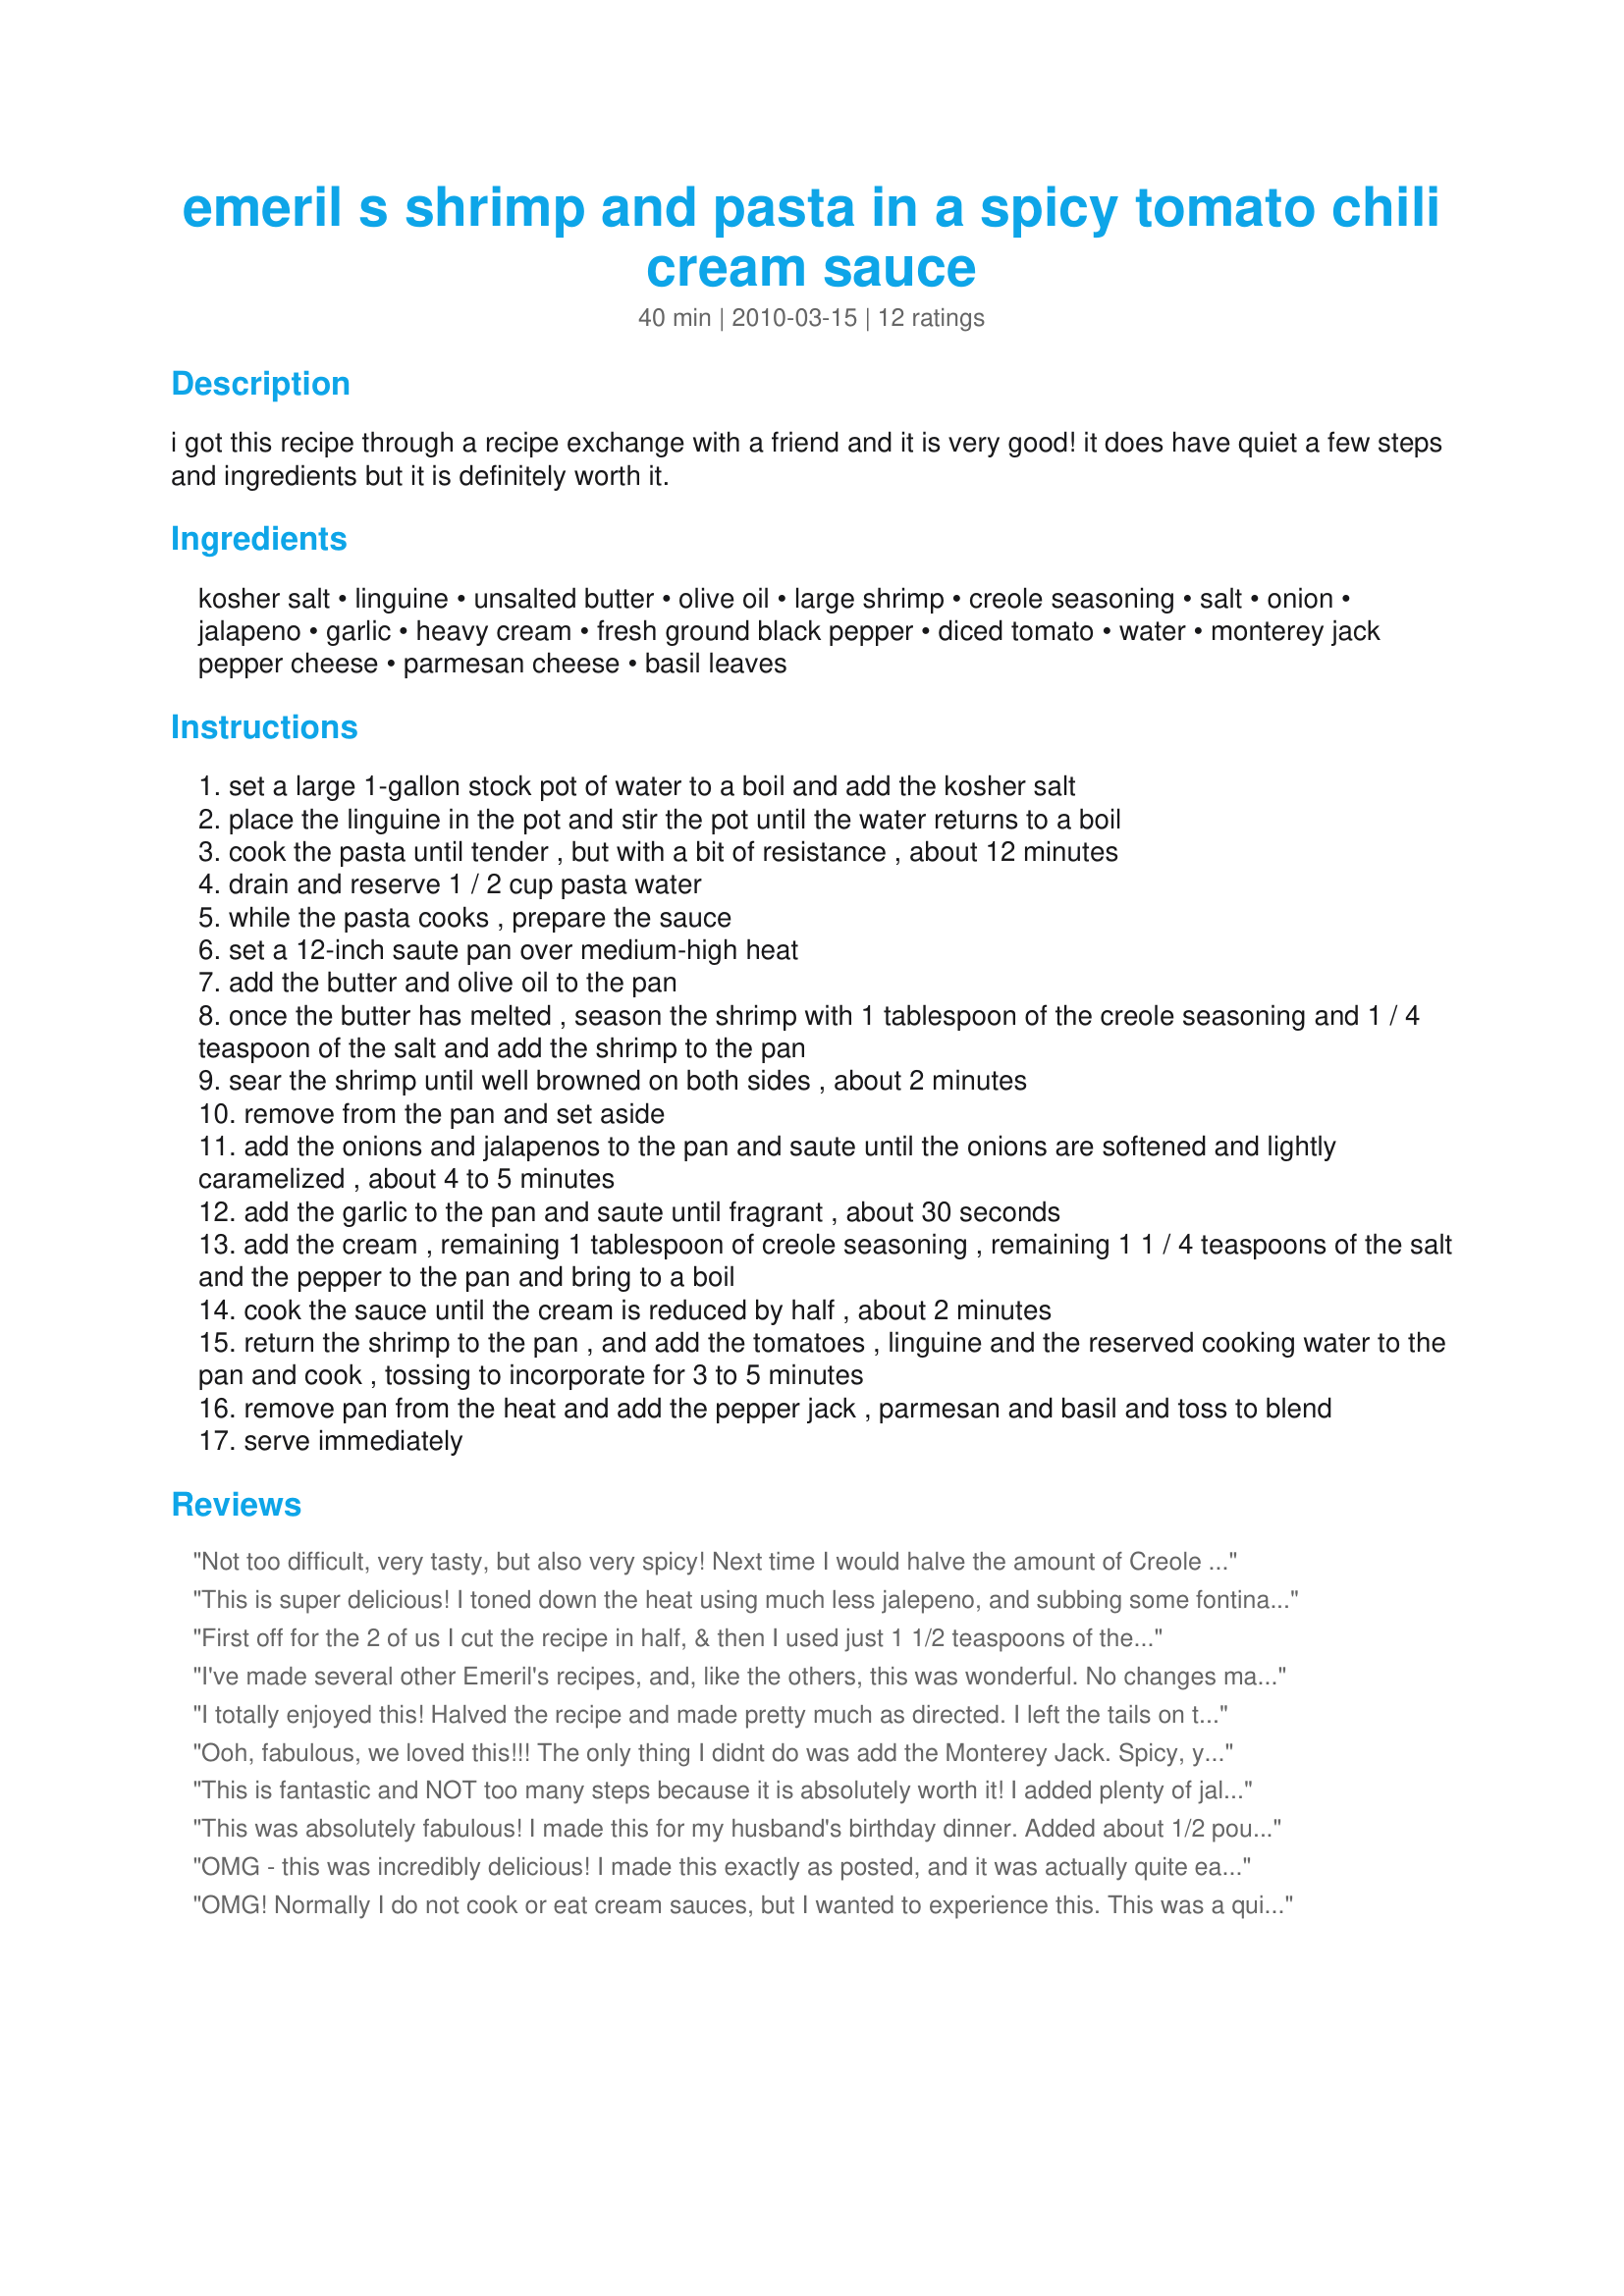
emeril s shrimp and pasta in a spicy tomato chili cream sauce
Preparation time: 40 minutes

i got this recipe through a recipe exchange with a friend and it is very good! it does have quiet a few steps and ingredients but it is definitely worth it.

Ingredients:
kosher salt, linguine, unsalted butter, olive oil, large shrimp, creole seasoning, salt, onion, jalapeno, garlic, heavy cream, fresh ground black pepper, diced tomato, water, monterey jack pepper cheese, parmesan cheese, basil leaves

Steps:
set a large 1-gallon stock pot of water to a boil and add the kosher salt
place the linguine in the pot and stir the pot until the water returns to a boil
cook the pasta until tender , but with a bit of resistance , about 12 minutes
drain and reserve 1 / 2 cup pasta water
while the pasta cooks , prepare the sauce
set a 12-inch saute pan over medium-high heat
add the butter and olive oil to the pan
once the butter has melted , season the shrimp with 1 tablespoon of the creole seasoning and 1 / 4 teaspoon of the salt and add the shrimp to the pan
sear the shrimp until well browned on both sides , about 2 minutes
remove from the pan and set aside
add the onions and jalapenos to the pan and saute until the onions are softened and lightly caramelized , about 4 to 5 minutes
add the garlic to the pan and saute until fragrant , about 30 seconds
add the cream , remaining 1 tablespoon of creole seasoning , remaining 1 1 / 4 teaspoons of the salt and the pepper to the pan and bring to a boil
cook the sauce until the cream is reduced by half , about 2 minutes
return the shrimp to the pan , and add the tomatoes , linguine and the reserved cooking water to the pan and cook , tossing to incorporate for 3 to 5 minutes
remove pan from the heat and add the pepper jack , parmesan and basil and toss to blend
serve immediately

Reviews:
Not too difficult, very tasty, but also very spicy! Next time I would halve the amount of Creole spice, and it would be perfect. I used Emeril's recipe for Creole spice if you want to google it.
This is super delicious! I toned down the heat using much less jalepeno, and subbing some fontina for some of the pepper jack, but it still had a nice underlying spiceyness. I used shells which were great for catching the sauce, and half and half in place of the heavy cream. I will definitely make this again. Thanks for sharing Sofie! Made for ZWT 9 US - Cajun/ Creole by one of the Appliance Killers.
First off for the 2 of us I cut the recipe in half, & then I used just 1 1/2 teaspoons of the creole seasoning & 1 tablespoon of the jalapeno, & that was enough heat for us (well, at least for me it was)! Still we both enjoyed this very satisfying pasta dish! Thanks for sharing the recipe! [Made & reviewed in I Recommend recipe tag]
I've made several other Emeril's recipes, and, like the others, this was wonderful. No changes made. As I said, wonderful!
I totally enjoyed this! Halved the recipe and made pretty much as directed. I left the tails on the shrimp - I just like the looks of that on my plate, lol. I had to use dried basil as no fresh on hand. Had a nice 'kick' to it and will be making this again. Thanks sofie-a-toast for a nice keeper. Made for Please Review My Recipe Tag.
Ooh, fabulous, we loved this!!! The only thing I didnt do was add the Monterey Jack. Spicy, yes, but I thought that really made the dish. This is something I&#039;ll be making again!!! Thank you sofie-a-toast, lovely recipe, enjoyed for ZWT9
This is fantastic and NOT too many steps because it is absolutely worth it! I added plenty of jalapenos because we just love them. Will be making this for friends. Thanks, sofie-a-toast! Made for ZWT9 for team Gourmet Goddesses.
This was absolutely fabulous! I made this for my husband's birthday dinner. Added about 1/2 pound of cooked sliced Andouille sausage and used fresh montery jack cheese. This is definetely a keeper.
OMG - this was incredibly delicious! I made this exactly as posted, and it was actually quite easy to put together, and really does not take that long. Clearly, this is not for the diet-conscious, but it is a wonderful treat and something to look forward to. I will definitely be making this again! Made by a Tasty Tester for ZWT9.
OMG! Normally I do not cook or eat cream sauces, but I wanted to experience this. This was a quintessinal New Orleans dish, spicy and rich. In Weight Watchers' parlance, I would organize my entire week around this dish, it was that good! It was very spicy, even though the cream offset it somewhat, but I would expect that from an Emeril recipe, wouldn't you? I used Tony Chachere's Creole seasoning, so I would omit the stand-alone salt when I make this again. This is a very filling dish, so do not oversize portions when serving. Made for Summer Photo Tag.
This recipe is straight from Emeril&#039;s food network web site and also can be found in his New New Orleans cookbook.This is truly one of the best pasta,tomato and shrimp dishes I have ever had hands down, whether it be in a restaurant or at home. It is easy to make and the sauce can be made ahead as well as any type of pasta you want to have. I used ZITI pasta.You can us your favorite pasta for this dish and it will come out great.I have a large garden, I used Roma canned tomatoes chopped up and also remember to reserve the juice from the canned Roma&#039;s.I used dehydrated hot peppers instead of the jalapeno pepper also from the garden.Try this and you will find it&#039;s easy to make and have excellent taste.
Sinfully delicious! DH and I loved this recipe last night for dinner. It was not too spicy for us. We thought it was perfect. Leftovers reheated well for lunch today. Going into my keeper file for special occasions. Thanks for posting!
